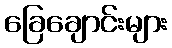
ခြေချောင်းများ